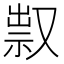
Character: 𠭥